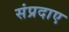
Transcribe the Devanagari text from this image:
संप्रदाए